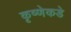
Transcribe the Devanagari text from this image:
कृष्णेकडे